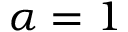
\alpha = 1